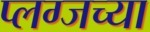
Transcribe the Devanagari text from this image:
प्लग्जच्या